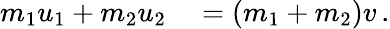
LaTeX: \begin{array}{rl}{m_{1}u_{1}+m_{2}u_{2}}&{{}=\left(m_{1}+m_{2}\right)v\, .}\end{array}